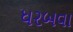
ધરબવા